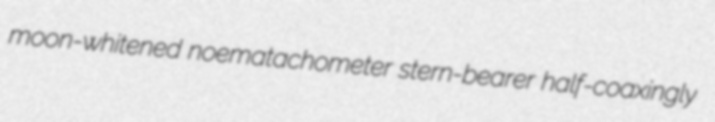
moon-whitened noematachometer stern-bearer half-coaxingly